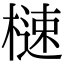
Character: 㯈